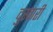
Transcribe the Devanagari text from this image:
दुस्वारी